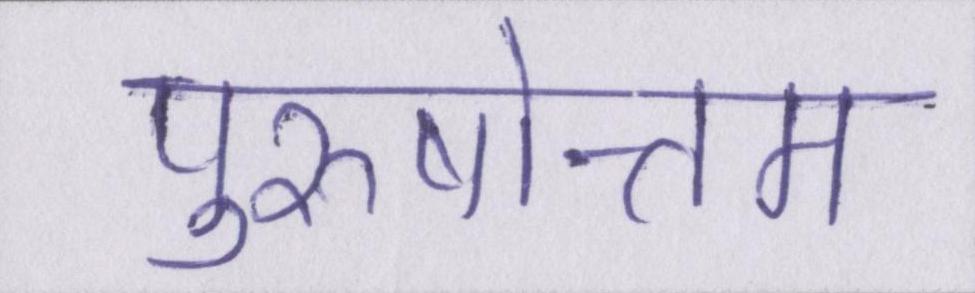
पुरुषोत्तम